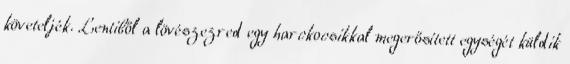
követeljék. Lentiből a lövészezred egy harckocsikkal megerősített egységét küldik